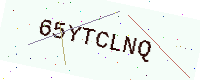
Text: 65YTCLNQ